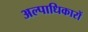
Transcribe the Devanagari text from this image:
अल्पाधिकारों